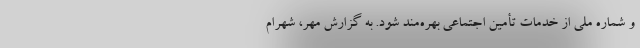
و شماره ملی از خدمات تأمین اجتماعی بهره‌مند شود. به گزارش مهر، شهرام